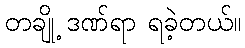
တချို့ ဒဏ်ရာ ရခဲ့တယ်။